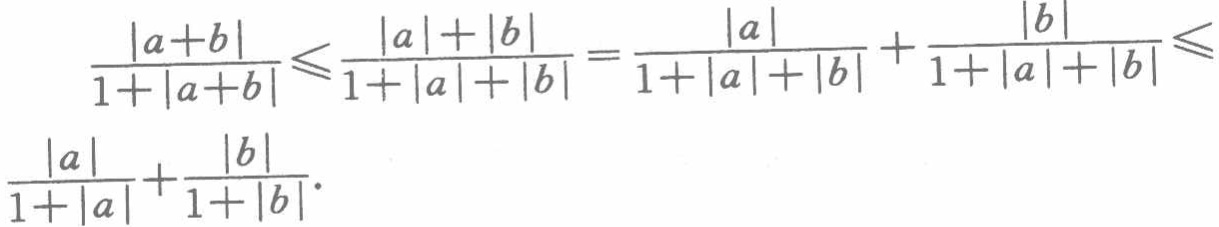
\[

\frac{|a + b|}{1 + |a + b|} \leqslant \frac{|a|+|b|}{1 + |a|+|b|}=\frac{|a|}{1 + |a|+|b|}+\frac{|b|}{1 + |a|+|b|}\leqslant\frac{|a|}{1 + |a|}+\frac{|b|}{1 + |b|}.

\]